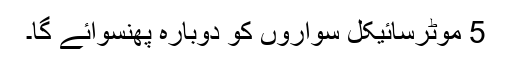
5 موٹرسائیکل سواروں کو دوبارہ پھنسوائے گا۔